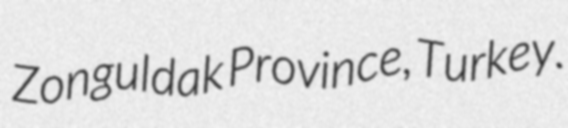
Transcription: Zonguldak Province, Turkey.